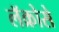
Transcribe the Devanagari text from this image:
लॅक्रोसे